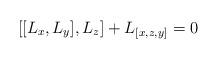
LaTeX: \begin{align*}[[L_x,L_y],L_z]+L_{[x,z,y]}=0\end{align*}